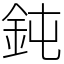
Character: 鈍